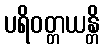
ပရိဝတ္တယန္တိ